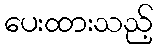
ပေးထားသည့်